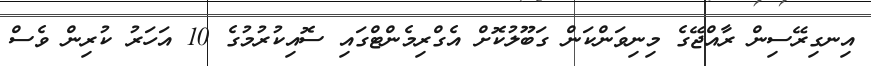
އިނގިރޭސިން ރާއްޖޭގެ މިނިވަންކަން ގަބޫލުކޮށް އެގްރިމެންޓްގައި ސޮއިކުރުމުގެ 10 އަހަރު ކުރިން ވެސް